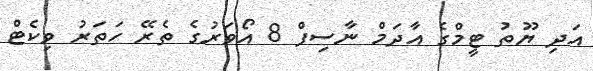
އަދި ޔޫތު ޓީމްގެ އާދަމް ނާސިފް 8 އޯވަރުގެ ތެރޭ ހަތަރު ވިކެޓް